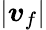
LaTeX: |\boldsymbol v_{f}|